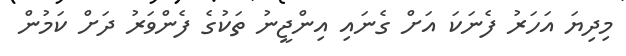
މިދިޔަ އަހަރު ފެނަކަ އަށް ގެނައި އިންޖީނު ތަކުގެ ފެންވަރު ދަށް ކަމުން